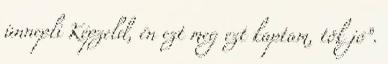
ünnepli Képzeld, én ezt meg ezt kaptam, tök jó”.